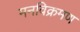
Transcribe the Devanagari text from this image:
मनविक्रमण